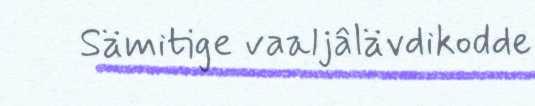
Sämitige vaaljâlävdikodde